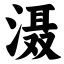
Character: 滠